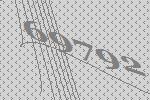
69792